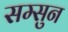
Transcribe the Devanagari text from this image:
सम्सुन